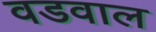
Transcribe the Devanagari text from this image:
वडवाल